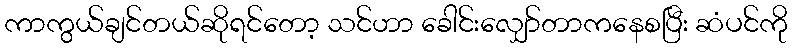
ကာကွယ်ချင်တယ်ဆိုရင်တော့ သင်ဟာ ခေါင်းလျှော်တာကနေစပြီး ဆံပင်ကို